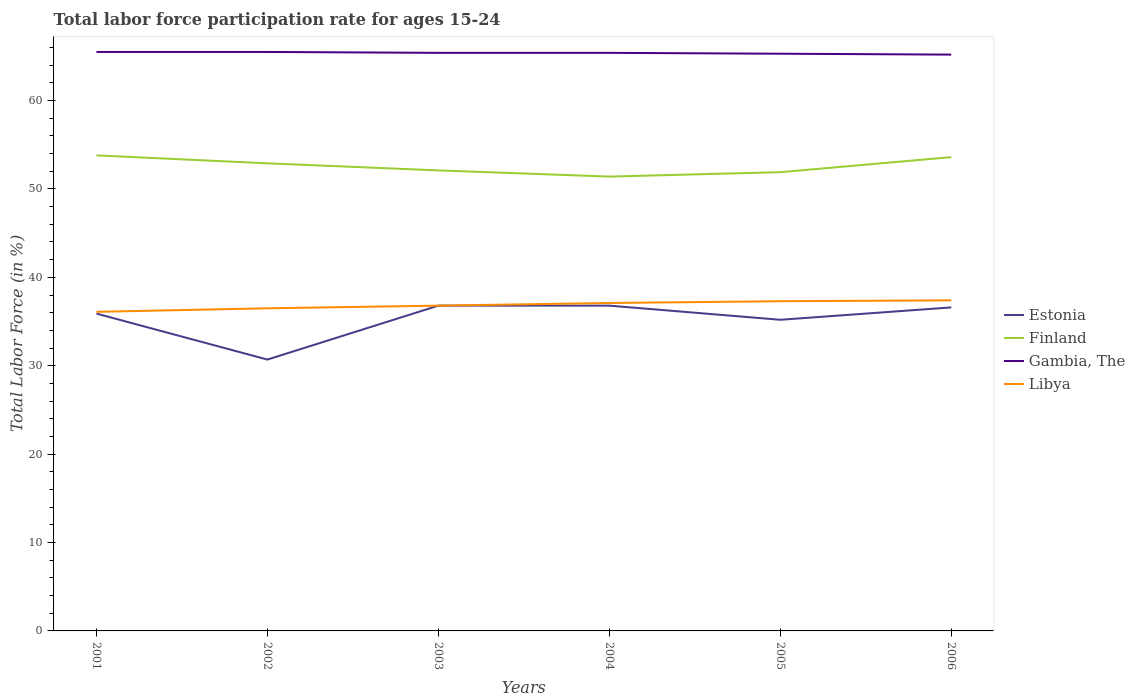
| Years | Estonia | Finland | Gambia, The | Libya |
 | --- | --- | --- | --- | --- |
 | 2001 | 35.9 | 53.8 | 65.5 | 36.1 |
 | 2002 | 30.7 | 52.9 | 65.5 | 36.5 |
 | 2003 | 36.8 | 52.1 | 65.4 | 36.8 |
 | 2004 | 36.8 | 51.4 | 65.4 | 37.1 |
 | 2005 | 35.2 | 51.9 | 65.3 | 37.3 |
 | 2006 | 36.6 | 53.6 | 65.2 | 37.4 |